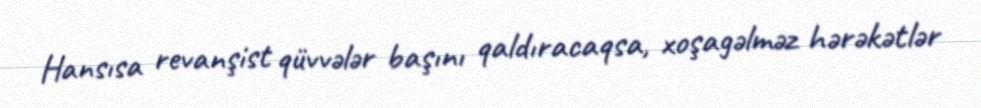
Hansısa revanşist qüvvələr başını qaldıracaqsa, xoşagəlməz hərəkətlər